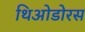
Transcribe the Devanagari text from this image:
थिओडोरस